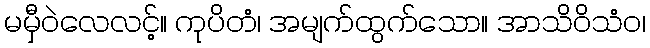
မမှီဝဲလေလင့်။ ကုပိတံ၊ အမျက်ထွက်သော။ အာသိဝိသံဝ၊